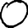
Digit: 0